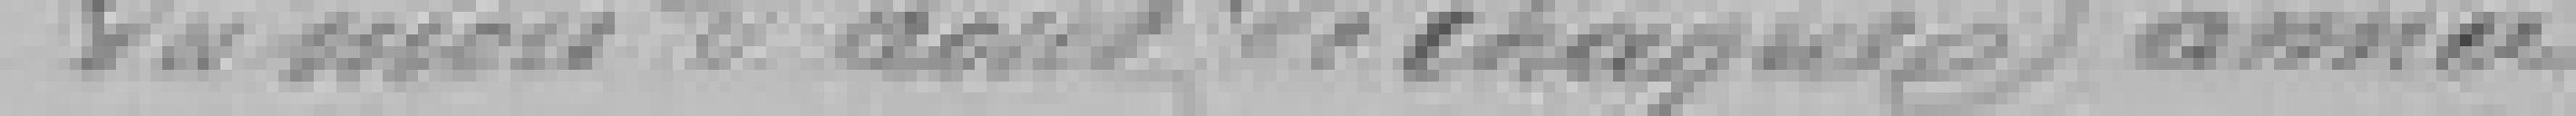
du mois d'août de chaque année.